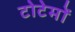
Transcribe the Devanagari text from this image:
टोटेमों